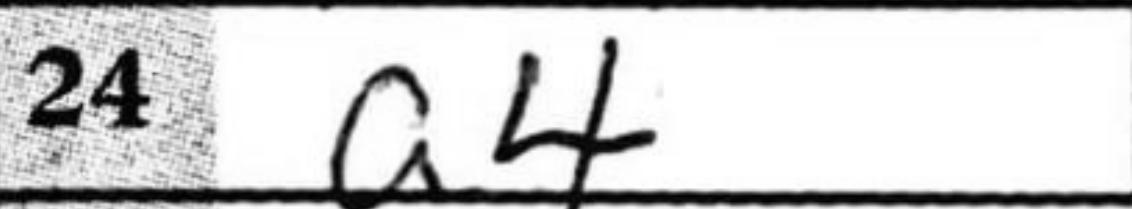
Transcription: a4